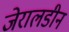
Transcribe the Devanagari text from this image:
जेरालडीन